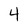
Character: 4